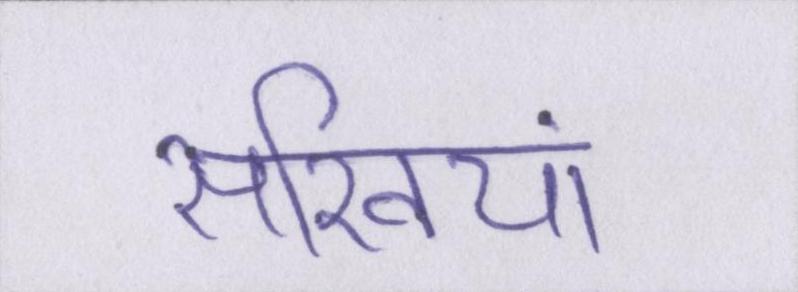
सखियां